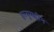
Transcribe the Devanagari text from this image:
हस्युयद्दीन